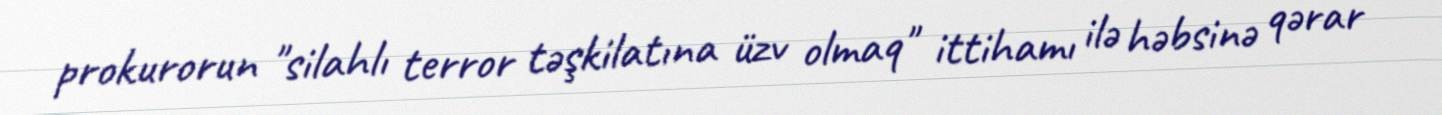
prokurorun "silahlı terror təşkilatına üzv olmaq" ittihamı ilə həbsinə qərar